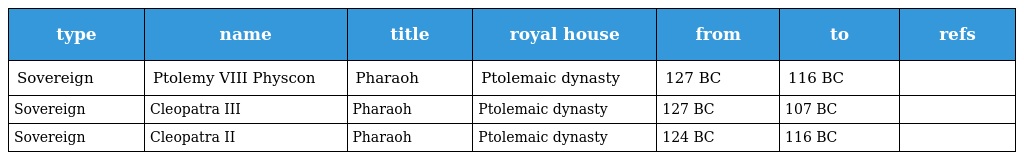
| type | name | title | royal house | from | to | refs |
 | --- | --- | --- | --- | --- | --- | --- |
 | Sovereign | Ptolemy VIII Physcon | Pharaoh | Ptolemaic dynasty | 127 BC | 116 BC |  |
 | Sovereign | Cleopatra III | Pharaoh | Ptolemaic dynasty | 127 BC | 107 BC |  |
 | Sovereign | Cleopatra II | Pharaoh | Ptolemaic dynasty | 124 BC | 116 BC |  |